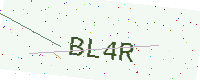
Text: BL4R